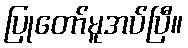
ပြုတော်မူအပ်ပြီ။